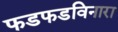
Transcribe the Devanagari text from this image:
फडफडविनारा